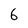
Character: 6